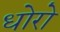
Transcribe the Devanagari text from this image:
धोरो